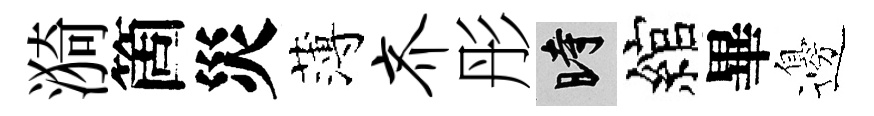
漪箇災薄齐彤时綰畢邊